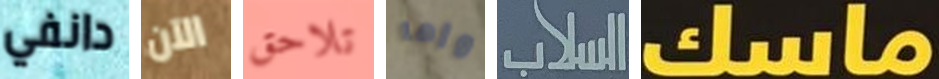
دانفي الآن تلاحق وإما السلاب ماسك